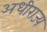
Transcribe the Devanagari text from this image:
अधीराज्य